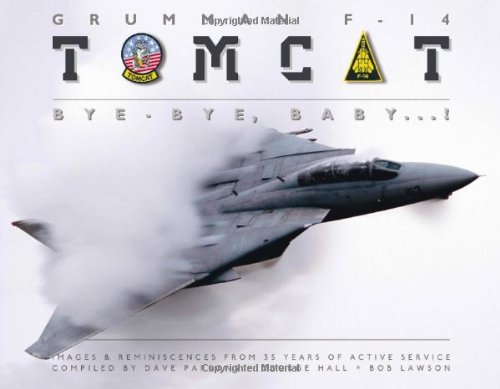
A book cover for Grumman F-14 Tomcat: Bye - Bye Baby...!: Images & Reminiscences From 35 Years of Active Service; Dave Parsons; Arts & Photography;